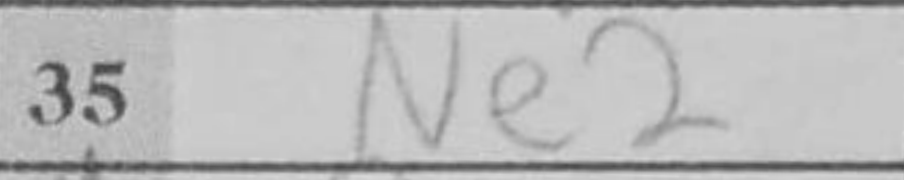
Transcription: Ne2